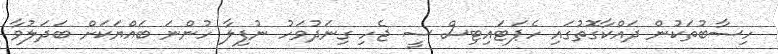
ހިސާބުތަކުން ދައްކާގޮތުގައި ހެޕަޓައިޓިސް ސީ ޖެހި ގިނަދުވަހު ނުފިލާ ހުންނަ ބައްޔަކަށް ބަދަލުވާ